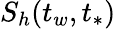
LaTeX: S_{h}(t_{w},t_{*})